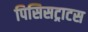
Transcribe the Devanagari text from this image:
पिसिसट्राटस